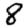
Digit: 8